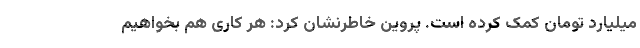
میلیارد تومان کمک کرده است. پروین خاطرنشان کرد: هر کاری هم بخواهیم